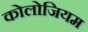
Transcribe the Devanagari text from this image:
कोलोजियम